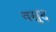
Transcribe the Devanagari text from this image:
वसुद